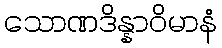
သောဏဒိန္နာဝိမာနံ